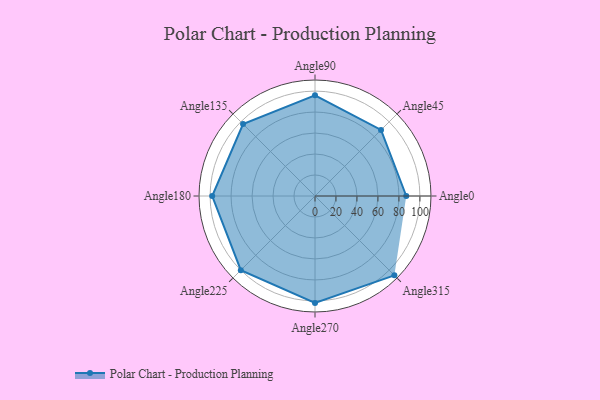
{"axis": {"x": "Angle", "y": "Radius"}, "legend": [""], "data": [{"x": "Angle0", "y": 87.0, "type": ""}, {"x": "Angle45", "y": 89.0, "type": ""}, {"x": "Angle90", "y": 96.0, "type": ""}, {"x": "Angle135", "y": 97.0, "type": ""}, {"x": "Angle180", "y": 98.0, "type": ""}, {"x": "Angle225", "y": 100.0, "type": ""}, {"x": "Angle270", "y": 102.0, "type": ""}, {"x": "Angle315", "y": 107.0, "type": ""}]}